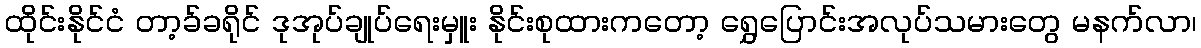
ထိုင်းနိုင်ငံ တာ့ခ်ခရိုင် ဒုအုပ်ချုပ်ရေးမှူး နိုင်းစုထားကတော့ ရွှေပြောင်းအလုပ်သမားတွေ မနက်လာ၊